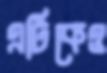
এটিকেও